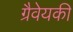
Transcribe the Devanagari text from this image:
ग्रैवेयकी